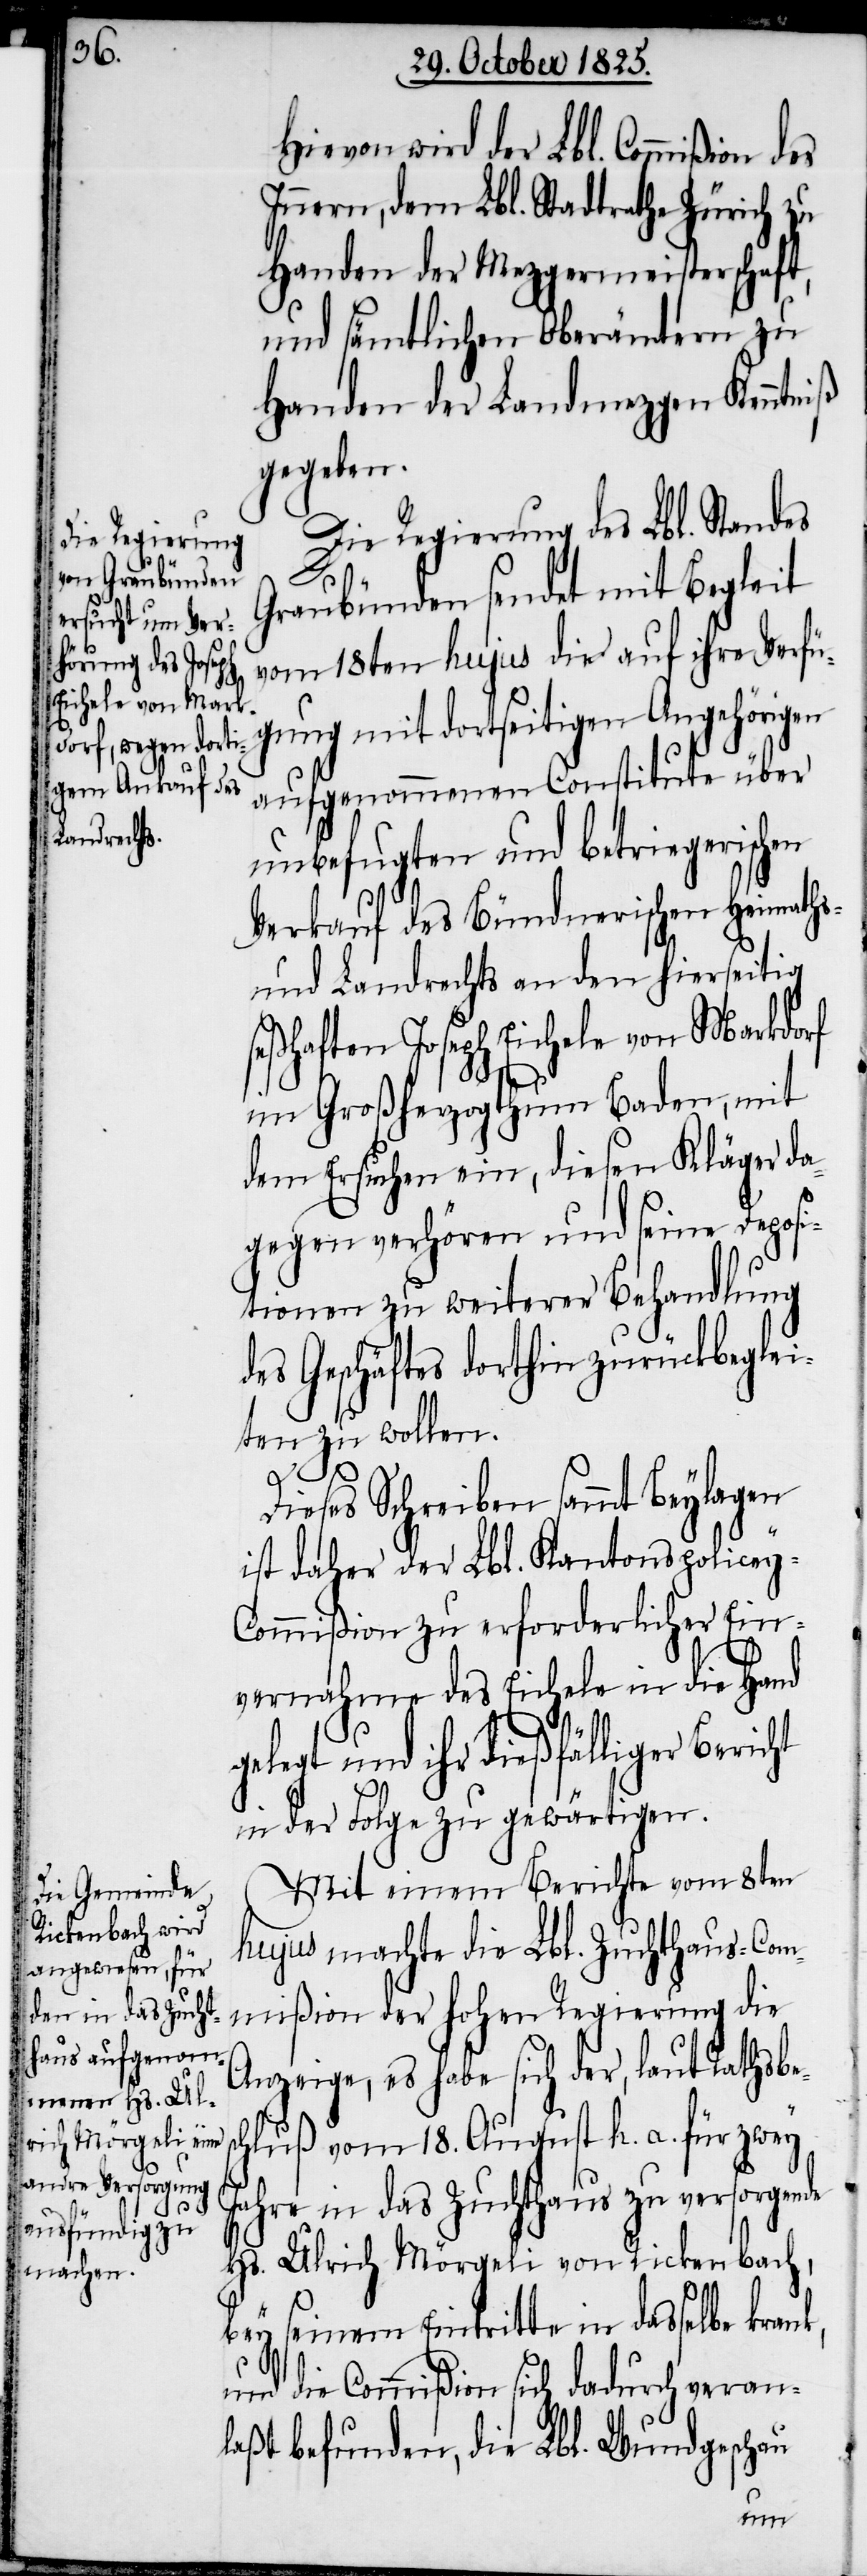
Hievon wird der Lbl. Commißion des
Innern, dem Lbl. Stadtrathe Zürich zu
Handen der Mezgermeisterschaf¬
und sämtlichen Oberämtern zu
Handen der Landmezgen Kenntniß
gegeben.
Die Regierung des Lbl. Standes
Graubünden sendet mit Begleit
vom 18ten hujus die auf ihre Verfü¬
gung mit dortseitigen Angehörigen
aufgenommenen Constitute über
unbefugten und betriegerischen
Verkauf des Bündnerischen Heimaths-
und Landrechts an den hierseitig
seßhaften Joseph Eichele von Markdorf
im Großherzogthum Baden, mit
dem Ersuchen ein, diesen Kläger da¬
gegen verhören und seine Deposi¬
tionen zu weiterer Behandlung
des Geschäftes dorthin zurückbeglei¬
ten zu wollen.
Dieses Schreiben sammt Beylagen
ist daher der Lbl. Kantonspolicey-C¬
ommißion zu erforderlicher Ein¬
vernahme des Eichele in die Hand
gelegt und ihr dießfälliger Bericht
in der Folge zu gewärtigen.
Mit einem Berichte vom 8ten
hujus machte die Lbl. Zuchthaus-Com¬
mißion der hohen Regierung die
Anzeige, es habe sich der, laut Rathsbes¬
chluß vom 18. August h. a. für zwey
Jahre in das Zuchthaus zu versorgende
Hs. Ulrich Mörgeli von Rickenbach,
t,
bey seinem Eintritte in dasselbe krank,
und die Commißion sich dadurch veran¬
laßt befunden, die Lbl. Wundgeschau